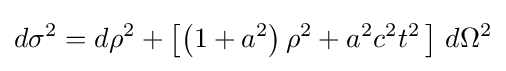
d\sigma ^{2}=d\rho ^{2}+\left[\left(1+a^{2}\right)\rho ^{2}+a^{2}c^{2}t^{2}\,\right]\,d\Omega ^{2}